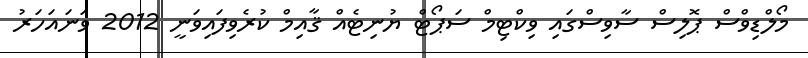
މޯލްޑިވްސް ޕޮލިސް ސާވިސްގައި ވިކްޓިމް ސަޕޯޓް ޔުނިޓެއް ޤާއިމް ކުރެވިފައިވަނީ 2012 ވަނައަހަރު